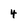
Character: 4